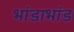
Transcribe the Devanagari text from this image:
भांडाभांड